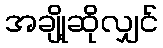
အချို့ဆိုလျှင်